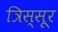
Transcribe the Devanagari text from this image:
त्रिस्सूर